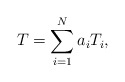
\begin{align*}T=\sum_{i=1}^N a_i T_i, \end{align*}